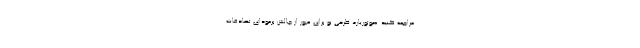
مراجعه کنید. «موتوریار»، طرحی نو برای عبور از چالش برمودای تصادفات